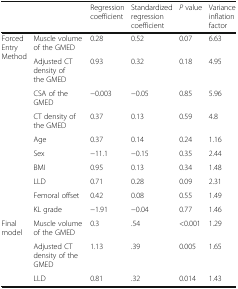
<table><thead><tr><td></td><td></td><td><b>Regression coefficient</b></td><td><b>Standardized regression coefficient</b></td><td><b><i>P</i> value</b></td><td><b>Variance inflation factor</b></td></tr></thead><tbody><tr><td rowspan="10">Forced Entry Method</td><td>Muscle volume of the GMED</td><td>0.28</td><td>0.52</td><td>0.07</td><td>6.63</td></tr><tr><td>Adjusted CT density of the GMED</td><td>0.93</td><td>0.32</td><td>0.18</td><td>4.95</td></tr><tr><td>CSA of the GMED</td><td>−0.003</td><td>−0.05</td><td>0.85</td><td>5.96</td></tr><tr><td>CT density of the GMED</td><td>0.37</td><td>0.13</td><td>0.59</td><td>4.8</td></tr><tr><td>Age</td><td>0.37</td><td>0.14</td><td>0.24</td><td>1.16</td></tr><tr><td>Sex</td><td>−11.1</td><td>−0.15</td><td>0.35</td><td>2.44</td></tr><tr><td>BMI</td><td>0.95</td><td>0.13</td><td>0.34</td><td>1.48</td></tr><tr><td>LLD</td><td>0.71</td><td>0.28</td><td>0.09</td><td>2.31</td></tr><tr><td>Femoral offset</td><td>0.42</td><td>0.08</td><td>0.55</td><td>1.49</td></tr><tr><td>KL grade</td><td>−1.91</td><td>−0.04</td><td>0.77</td><td>1.46</td></tr><tr><td rowspan="3">Final model</td><td>Muscle volume of the GMED</td><td>0.3</td><td>.54</td><td>&lt;0.001</td><td>1.29</td></tr><tr><td>Adjusted CT density of the GMED</td><td>1.13</td><td>.39</td><td>0.005</td><td>1.65</td></tr><tr><td>LLD</td><td>0.81</td><td>.32</td><td>0.014</td><td>1.43</td></tr></tbody></table>